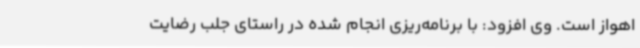
اهواز است. وی افزود: با برنامه‌ریزی انجام شده در راستای جلب رضایت